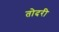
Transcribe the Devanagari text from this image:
तोदरी